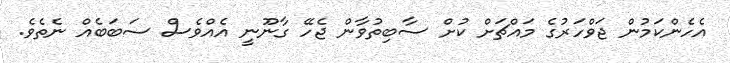
އެހެންކަމުން ޖަވްހަރުގެ މައްޗަށް ކުށް ސާބިތުވާން ޖެހޭ ގާނޫނީ އެއްވެސް ސަބަބެއް ނެތެވެ.